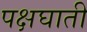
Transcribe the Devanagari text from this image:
पक्षघाती